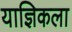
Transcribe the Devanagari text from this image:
याज्ञिकला